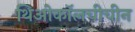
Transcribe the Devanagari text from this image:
थिओकॉलचीचीन